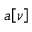
a \! \left[ \nu \right]